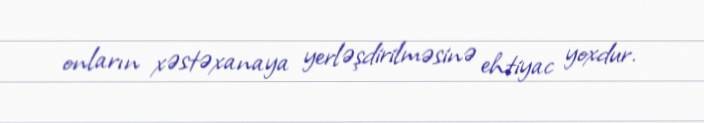
onların xəstəxanaya yerləşdirilməsinə ehtiyac yoxdur.